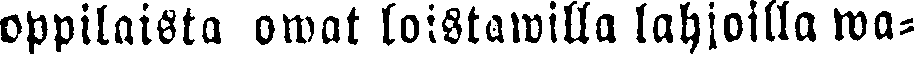
oppilaista owat loistawilla lahjoilla wa-